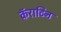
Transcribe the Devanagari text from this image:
कॅराटिन